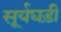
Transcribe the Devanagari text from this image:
सूर्यघड़ी